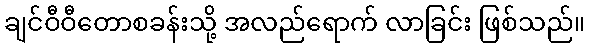
ချင်ဝီဝီတောစခန်းသို့ အလည်ရောက် လာခြင်း ဖြစ်သည်။